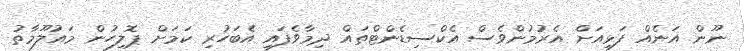
ނޫން އަނެއް ފަޅިއަށް އެރުމުންވެސް އެކްސިޑެންޓްތައް ދިމާވެފައި އެބަހުރި ކަމަށް ޕޮލިހުން މައުލޫމާތު